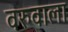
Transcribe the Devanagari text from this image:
वरुवाला